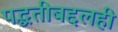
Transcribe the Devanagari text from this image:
पद्धतीबद्दलही